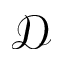
\mathcal { D }